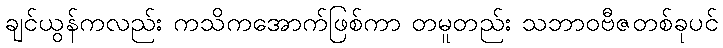
ချင်ယွန်ကလည်း ကသိကအောက်ဖြစ်ကာ တမူတည်း သဘာဝဗီဇတစ်ခုပင်